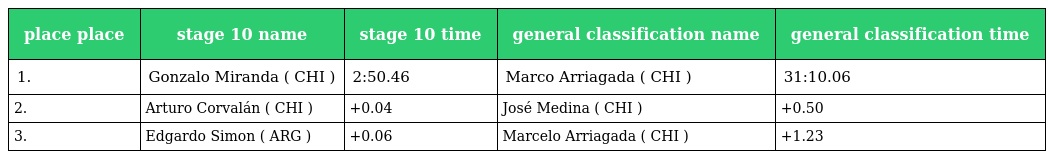
| place place | stage 10 name | stage 10 time | general classification name | general classification time |
 | --- | --- | --- | --- | --- |
 | 1. | Gonzalo Miranda ( CHI ) | 2:50.46 | Marco Arriagada ( CHI ) | 31:10.06 |
 | 2. | Arturo Corvalán ( CHI ) | +0.04 | José Medina ( CHI ) | +0.50 |
 | 3. | Edgardo Simon ( ARG ) | +0.06 | Marcelo Arriagada ( CHI ) | +1.23 |